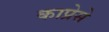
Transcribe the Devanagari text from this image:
काप्रेसे